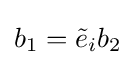
b_{1}={\tilde {e}}_{i}b_{2}